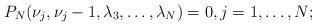
LaTeX: \begin{align*}P_N(\nu_j, \nu_j - 1,\lambda_3, \dots, \lambda_N) =0,j = 1, \dots, N;\end{align*}